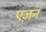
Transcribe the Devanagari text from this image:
एज़न